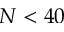
N < 4 0